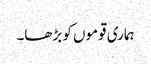
ہماری قوموں کو بڑھا۔